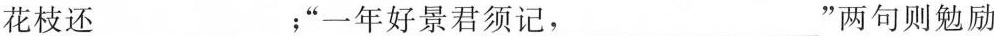
花枝还___；“一年好景君须记，___”两句则勉励